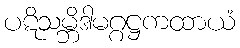
ပဋိသမ္ဘိဒါမဂ္ဂဋ္ဌကထာယံ